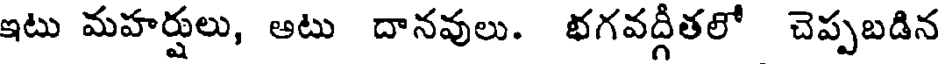
ఇటు మహర్షులు, అటు దానవులు. భగవద్గితలో చెప్పబడిన